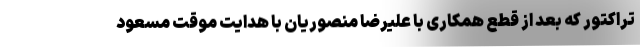
تراکتور که بعد از قطع همکاری با علیرضا منصوریان با هدایت موقت مسعود